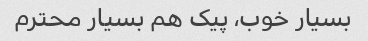
بسیار خوب، پیک هم بسیار محترم